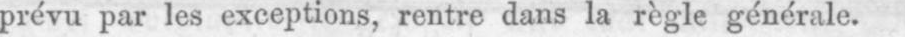
prévu par les exceptions, rentre dans la règle générale.